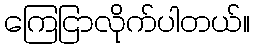
ကြေငြာလိုက်ပါတယ်။